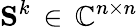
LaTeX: \mathbf{S}^{k}\, \in\, \mathbb{C}^{n\times n}